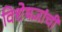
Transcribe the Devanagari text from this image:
विशेषज्ञांची